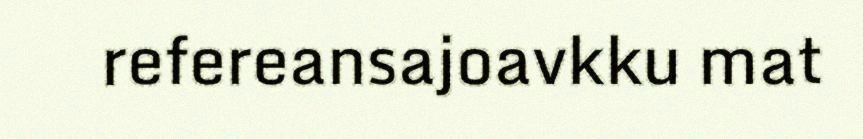
refereansajoavkku mat